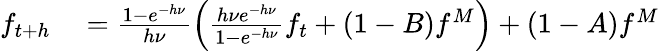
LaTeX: \begin{array}{rl}{f_{t+h}}&{{}=\frac{1-e^{-h\nu}}{h\nu}\left(\frac{h\nu e^{-h\nu}}{1-e^{-h\nu}}f_{t}+(1-B)f^{M}\right)+(1-A)f^{M}}\end{array}